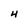
Character: 4